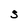
Character: S